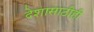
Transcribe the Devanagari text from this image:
देशासाठीही